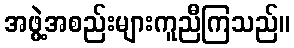
အဖွဲ့အစည်းများကူညီကြသည်။